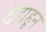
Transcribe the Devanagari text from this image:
देहाहून